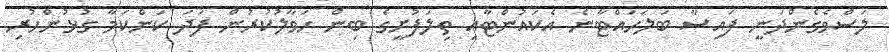
ލަސްވެގެންދަނީ ފައިސާ ބަލަހައްޓާނެ އެކައުންޓާއި ތިލަފުށީގެ ބިން ހަވާލުކުރުން ފަދަ ކަންކަމާ ގުޅުންހުރި